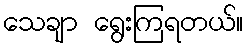
သေချာ ရွေးကြရတယ်။